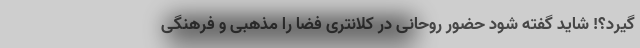
گیرد؟! شاید گفته شود حضور روحانی در کلانتری فضا را مذهبی و فرهنگی